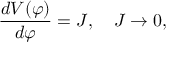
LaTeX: \frac { d { \cal V } ( \varphi ) } { d \varphi } = J , \quad J \to 0 ,